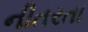
નીતરતા